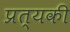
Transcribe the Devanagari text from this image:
प्रत्यकी